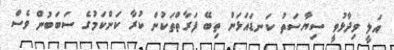
އަލީ ވިދާޅުވީ ސިޔާސަތު ކަނޑައަޅަން ތިބޭ ފަރާތްތަކުން ކުރާ ކަންކަމުގެ ސަބަބުން ވެސް